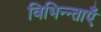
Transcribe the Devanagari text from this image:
विभिन्न्ताएँ